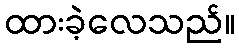
ထားခဲ့လေသည်။